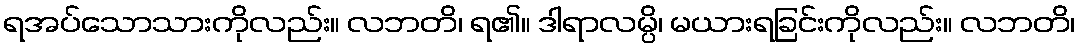
ရအပ်သောသားကိုလည်း။ လဘတိ၊ ရ၏။ ဒါရာလမ္ပိ၊ မယားရခြင်းကိုလည်း။ လဘတိ၊